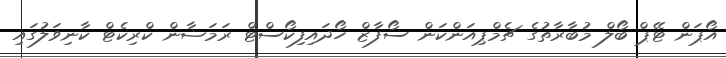
އޯޕަން ޓޭޕް ބޯލް މުބާރާތުގެ ޗެމްޕިއަންކަން ސޯފާޒް ހޯދައިފިކޯސްޓް ރަމަޟާން ކްރިކެޓް ކާނިވަލުގައި